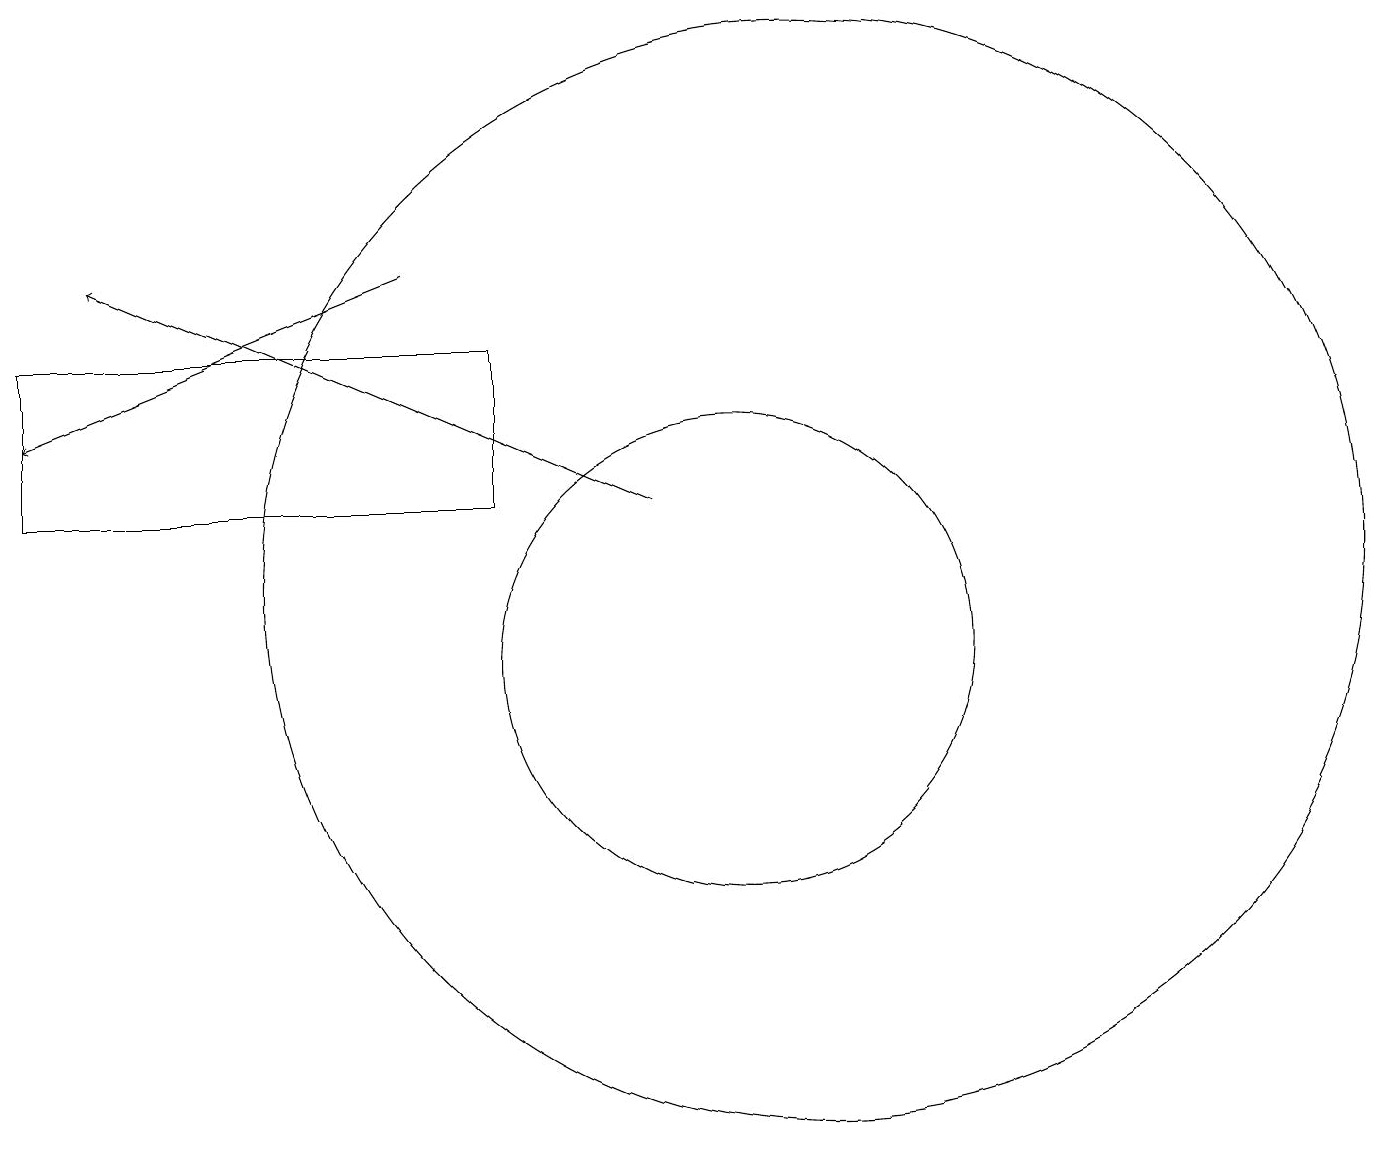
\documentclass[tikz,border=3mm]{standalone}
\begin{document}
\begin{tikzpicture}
\draw (10,11) circle (3);
\draw[->] (9,13) -- (2,16);
\draw[->] (6,16) -- (1,14);
\draw (1,15) rectangle (7,13);
\draw (11,12) circle (7);
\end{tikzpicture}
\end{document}